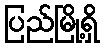
ပြည်မြို့ရှိ